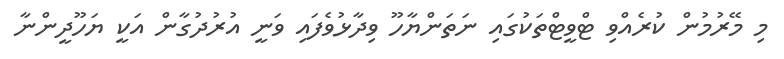
މި މޭރުމުން ކުރެއްވި ޓްވީޓްތަކުގައި ނަތަންޔާހޫ ވިދާޅުވެފައި ވަނީ އުރުދުގާން އަކީ ޔަހޫދީންނާ